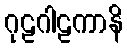
ဂုဠဂါဠကာနိ